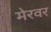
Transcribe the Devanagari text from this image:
मेरवर